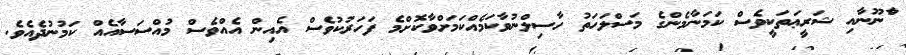
ްާނޫނާއި ޝަރީޢަތަކީވެސް ކަމަނާމެންގެ މަސްލަހަތު ހާސިލްނުވާކަމެއްކަމަށްވާކޮށްމެ ފަހަރުކުވެސް އެއިން އެއްވެސް މުއްސަސާއެއް ކަމުނުދެއެވެ.